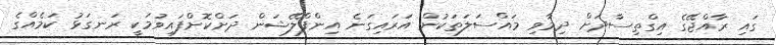
ގައި ރާއްޖޭގެ އިގްތިސާދަށް ދިމާވި މައްސަލަތަކުން އަރައިގަނެ އިންފްލޭޝަން ދަށްކޮށްފައިވުމަކީ ރަނގަޅު ކަމެއްގެ